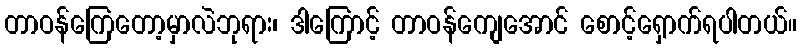
တာဝန်ကြေတော့မှာလဲဘုရား၊ ဒါကြောင့် တာဝန်ကျေအောင် စောင့်ရှောက်ရပါတယ်။